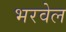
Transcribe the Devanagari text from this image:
भरवेल